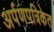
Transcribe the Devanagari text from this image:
अर्पणपत्रिकेत